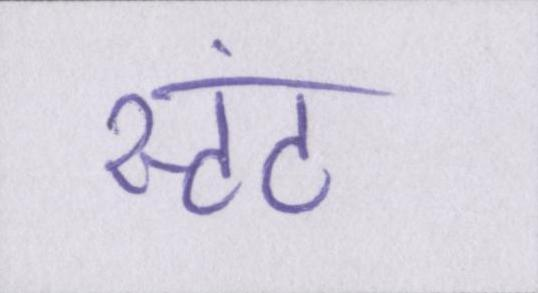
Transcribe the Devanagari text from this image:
स्टंट